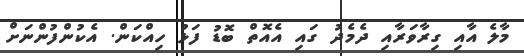
މާލެ އާއި ގިރާވަރާއި ދެމެދު ގައި އެއޮތް ބޮޑު ފަޅު ހިއްކަން. އެކުންފުންނަށް